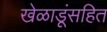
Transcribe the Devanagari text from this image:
खेळाडूंसहित